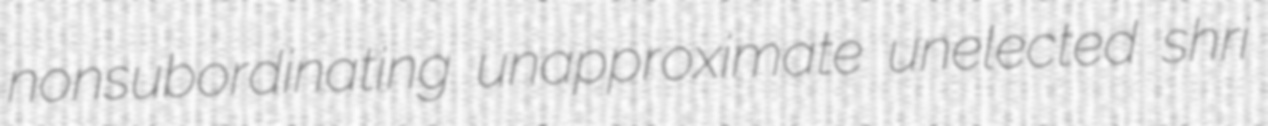
nonsubordinating unapproximate unelected shri